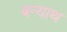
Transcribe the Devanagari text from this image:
बन्याथ